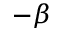
- \beta